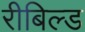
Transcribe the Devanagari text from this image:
रीबिल्ड